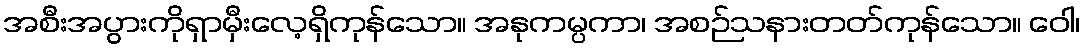
အစီးအပွားကိုရှာမှီးလေ့ရှိကုန်သော။ အနုကမ္ပကာ၊ အစဉ်သနားတတ်ကုန်သော။ ဝေါ၊